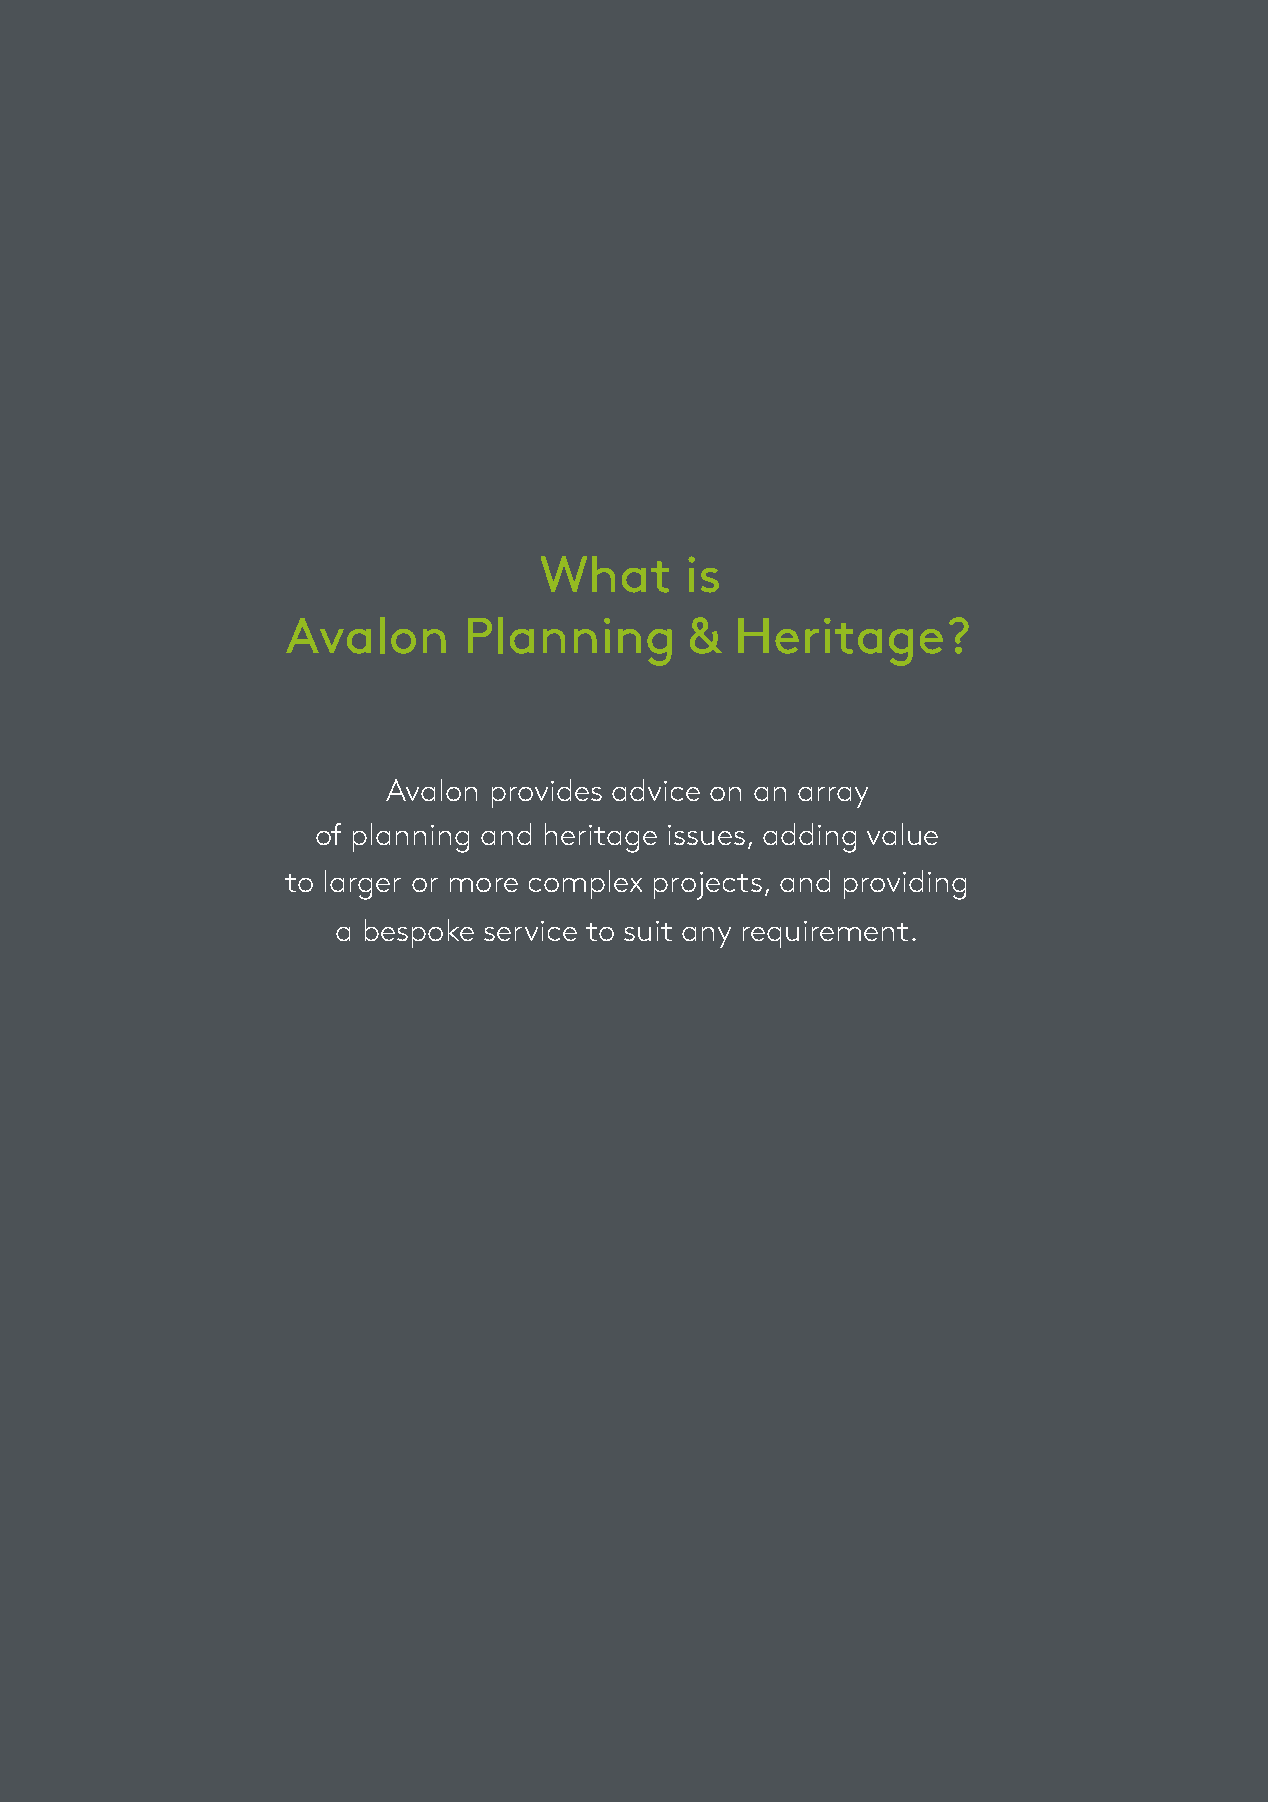
What      is
 Avalon     Planning       &  Heritage?
 Avalon provides advice on an array
 of planning and heritage issues, adding value
 to larger or more complex projects, and providing
 a bespoke service to suit any requirement.
 P L A N N  I N G
 Our planning te
 propositions to challenging domestic sale pr
 ourselves to be leaders in pr
 pragmatic planning advice.
 Murray Ross
 PLANNING DIRECTOR
 murray@avalonplanning.co.uk